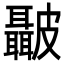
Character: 𭽺